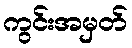
ကွင်းအမှတ်